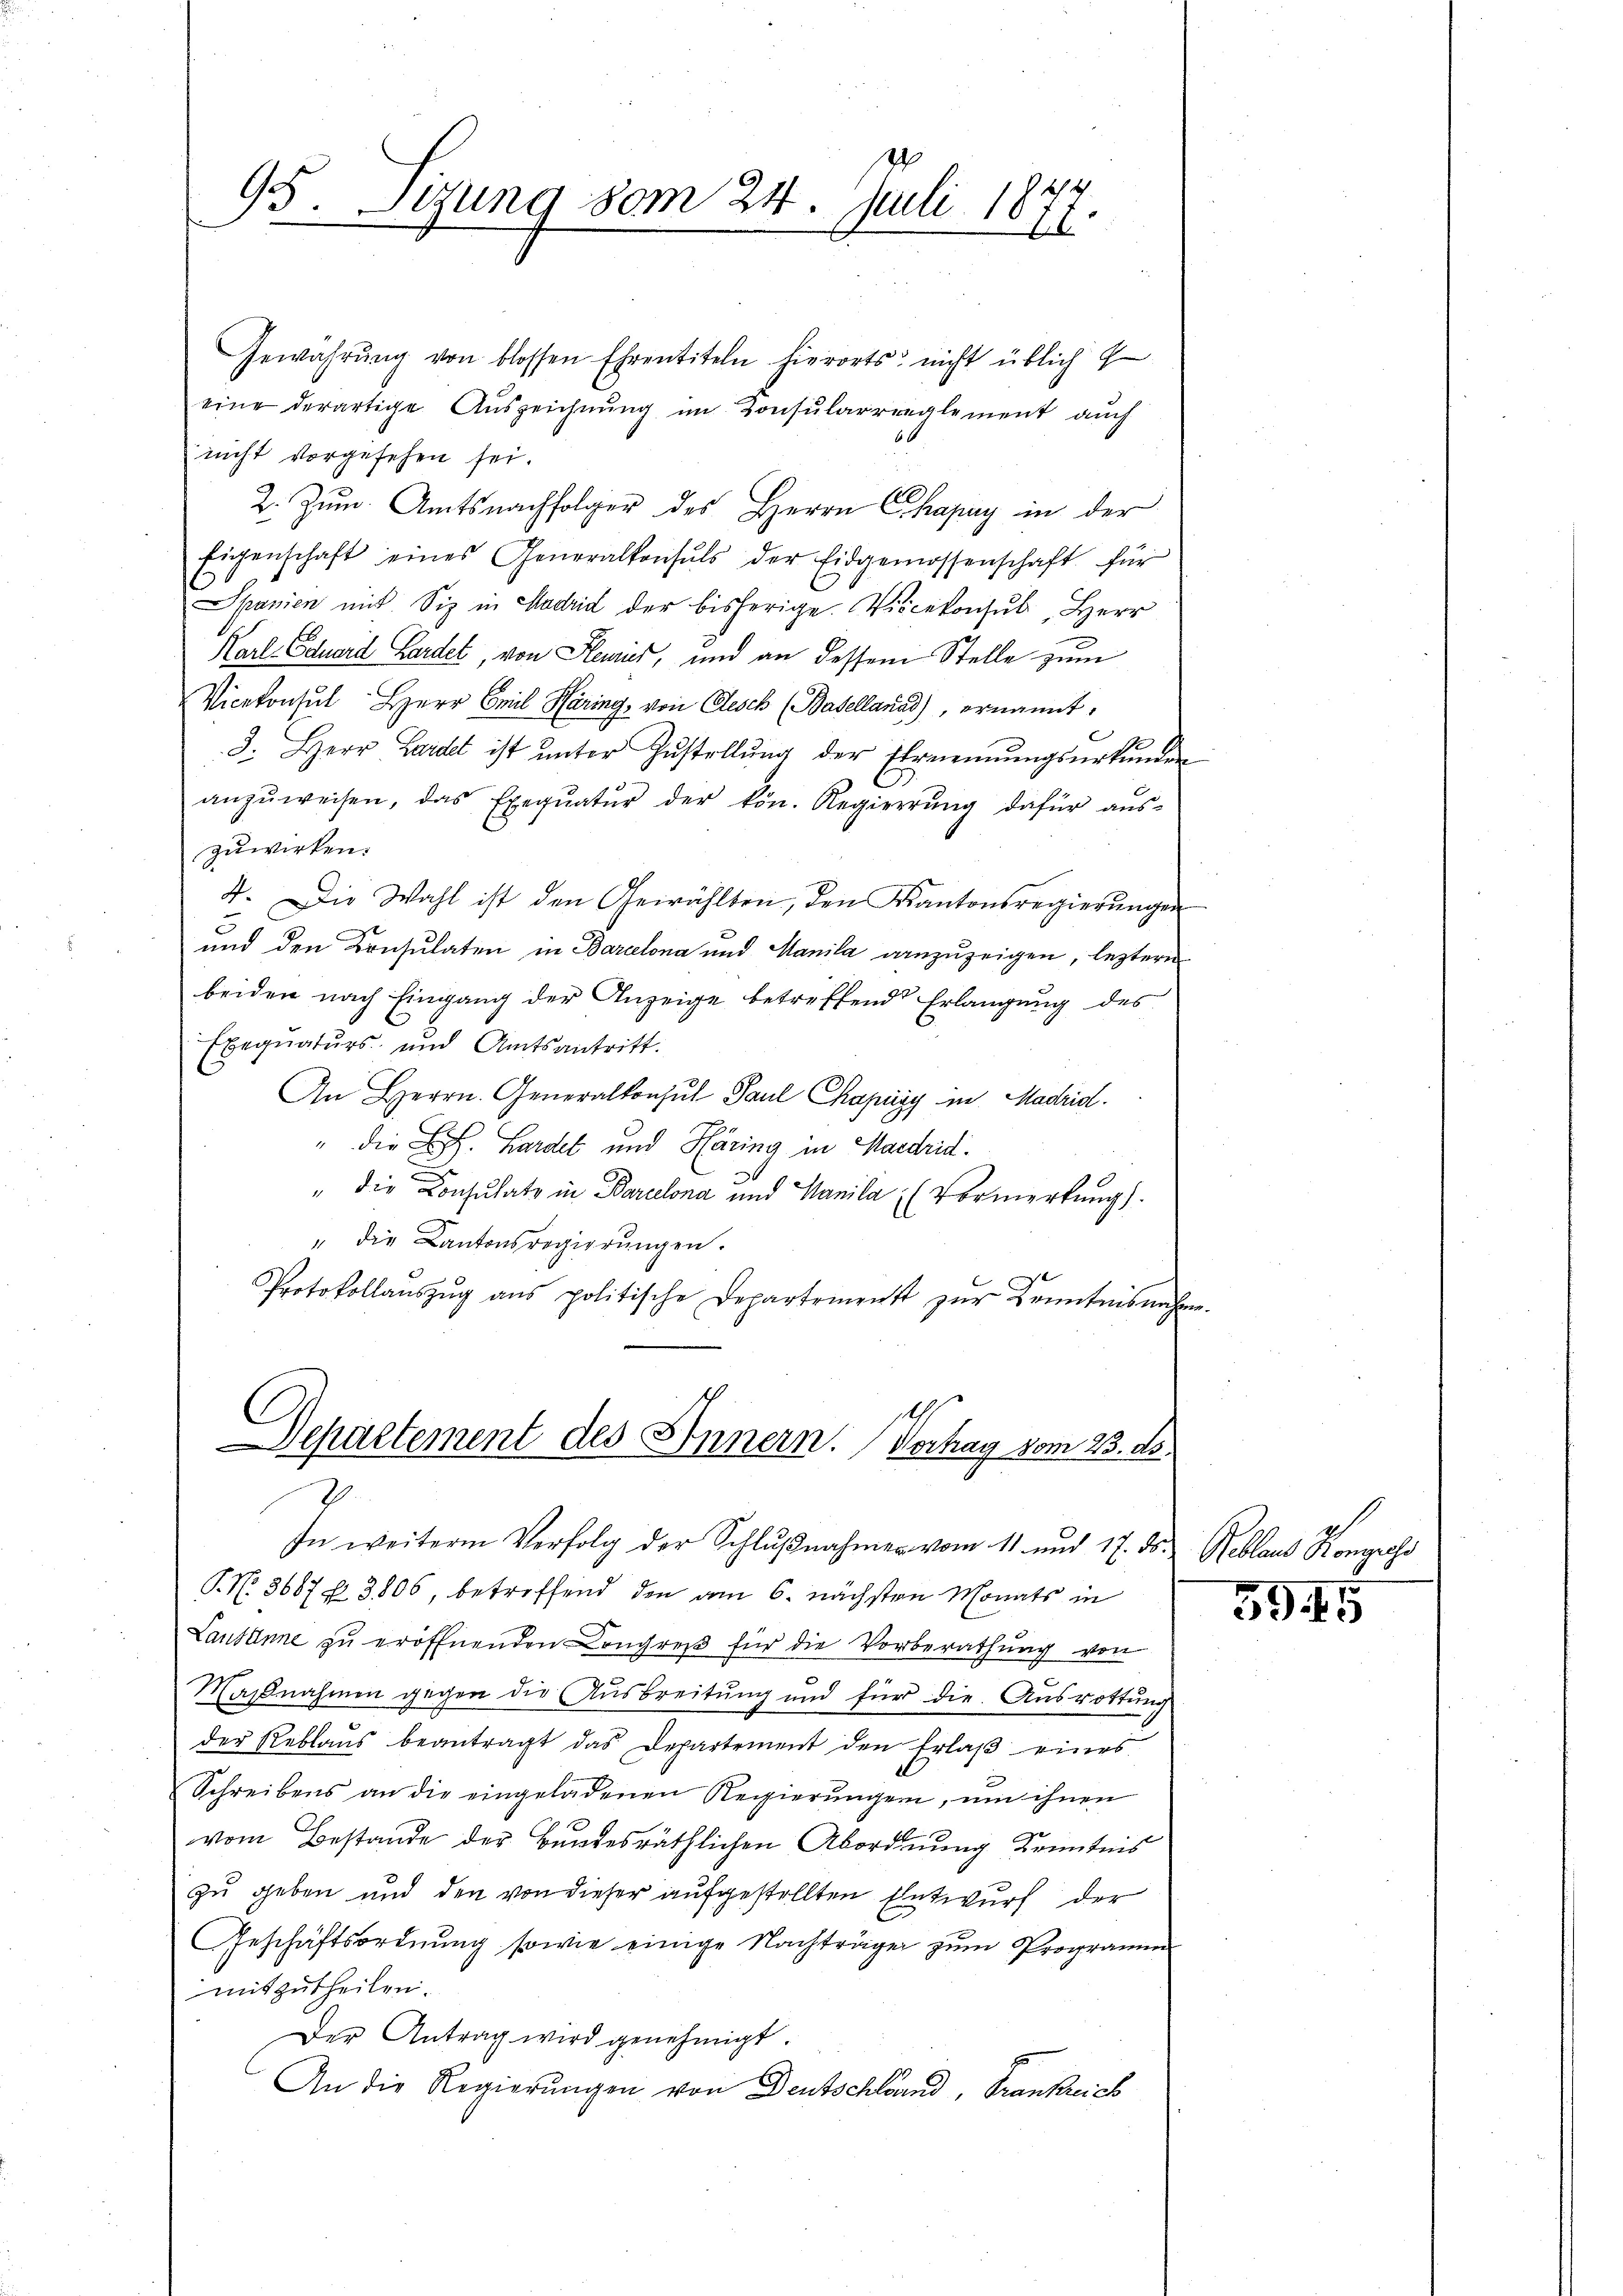
2/4.
95. Sizung vom 24. Juli 18
II

Gewährŭng von blossen Ehrentiteln hierorts nicht üblich G
eine derartige Auszeichnung im Konsularrreglement auch
nicht vorgesehen sei.
2. Zŭm. Amtsnachfolger des Herrn Chapay in der
Eigenschaft eines Generalkonsuls der Eidgenossenschaft für
Spanien mit Siz in Madrid der bisherige. Vicekonsul Herr
Karl Eduard Gardet, von Henriet, und an dessem Stelle zum
Vicekonsul Herr Emil Häring, von Gesch (Basellanas), ernannt,
3. Herr Hardet ist ŭnter Zŭstellŭng der Ehemeinŭngsurkunden
anzŭweisen, das Exeqŭatŭr der kön. Regierŭng dafür aŭs-
zuwirken.
4. Die Wahl ist den Gewählten, den Kantonsregierŭngen
und den Consulaten in Barcelona und Manila anzuzeigen, leztere
beiden nach Eingang der Anzeige betreffend Erlangung des
Exequaturs- und Amtsantritt.
An Herrn Generalkonsul Paul Papizy in Madrid.
" die E. Hardel und Häring in Madrid.
" die Consulate in Barcelona und Manila (Vormerkung).
" die Kantonsregierŭngen.
Protokollaŭszŭg ans politische Departement zŭr Kenntnisnahme.
s
Departement des Innern. Verhag vom 23. ds

2.

In weiterem Verfolg der Schlŭβnahmer vom 11. und 17. ds. Reblaus Kongress
P. N. 3687 f. 3806, betreffend den am 6. nächsten Monats in
Lausanne zŭ eröffnenden Congreß für die Vorberathung von
Maßnahmen gegen die Ausbreitung und für die Ausrottung
der Reblaŭs beantragt das Departement den Erlaβ eines
Schreibens an die eingeladenen Regierŭngen, um ihnen
vom Bestande der Bundesräthlichen Abordnung Kenntnis
zu geben und den von dieser aufgestellten Entwurf der
Geschäftsordnung sowie einige Nachträge zum Programm
mitzutheilen.
Der Antrag wird genehmigt.
An die Regierungen von Deutschland, Frankreich

3944